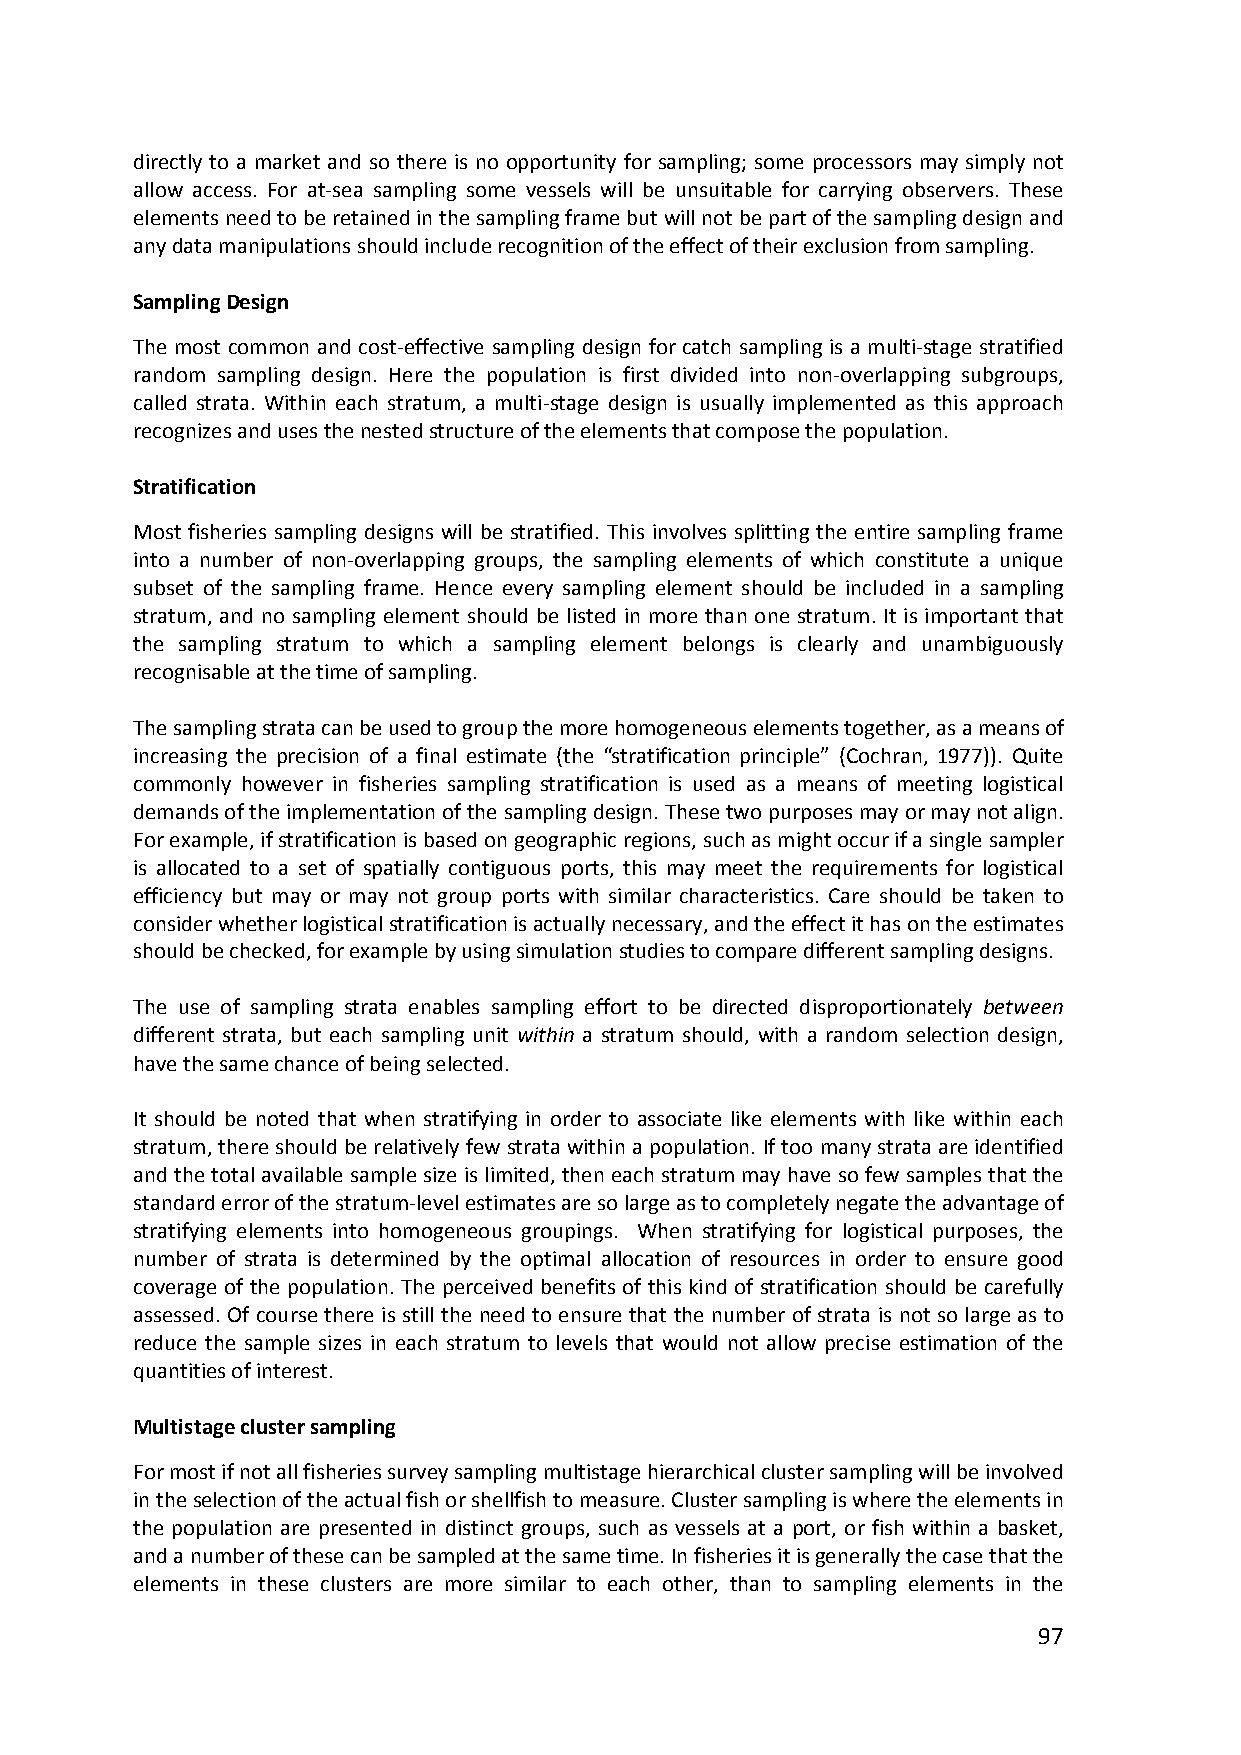
directly to a market and so there is no opportunity for sampling; some processors may simply not
 allow access. For at‐sea sampling some vessels will be unsuitable for carrying observers. These
 elements need to be retained in the sampling frame but will not be part of the sampling design and
 any data manipulations should include recognition of the effect of their exclusion from sampling.
 Sampling Design
 The most common and cost‐effective sampling design for catch sampling is a multi‐stage stratified
 random sampling design. Here the population is first divided into non‐overlapping subgroups,
 called strata. Within each stratum, a multi‐stage design is usually implemented as this approach
 recognizes and uses the nested structure of the elements that compose the population.
 Stratification
 Most fisheries sampling designs will be stratified. This involves splitting the entire sampling frame
 into a number of non‐overlapping groups, the sampling elements of which constitute a unique
 subset of the sampling frame. Hence every sampling element should be included in a sampling
 stratum, and no sampling element should be listed in more than one stratum. It is important that
 the sampling stratum to which a sampling element belongs is clearly and unambiguously
 recognisable at the time of sampling.
 The sampling strata can be used to group the more homogeneous elements together, as a means of
 increasing the precision of a final estimate (the “stratification principle” (Cochran, 1977)). Quite
 commonly however in fisheries sampling stratification is used as a means of meeting logistical
 demands of the implementation of the sampling design. These two purposes may or may not align.
 For example, if stratification is based on geographic regions, such as might occur if a single sampler
 is allocated to a set of spatially contiguous ports, this may meet the requirements for logistical
 efficiency but may or may not group ports with similar characteristics. Care should be taken to
 consider whether logistical stratification is actually necessary, and the effect it has on the estimates
 should be checked, for example by using simulation studies to compare different sampling designs.
 The use of sampling strata enables sampling effort to be directed disproportionately between
 different strata, but each sampling unit within a stratum should, with a random selection design,
 have the same chance of being selected.
 It should be noted that when stratifying in order to associate like elements with like within each
 stratum, there should be relatively few strata within a population. If too many strata are identified
 and the total available sample size is limited, then each stratum may have so few samples that the
 standard error of the stratum‐level estimates are so large as to completely negate the advantage of
 stratifying elements into homogeneous groupings. When stratifying for logistical purposes, the
 number of strata is determined by the optimal allocation of resources in order to ensure good
 coverage of the population. The perceived benefits of this kind of stratification should be carefully
 assessed. Of course there is still the need to ensure that the number of strata is not so large as to
 reduce the sample sizes in each stratum to levels that would not allow precise estimation of the
 quantities of interest.
 Multistage cluster sampling
 For most if not all fisheries survey sampling multistage hierarchical cluster sampling will be involved
 in the selection of the actual fish or shellfish to measure. Cluster sampling is where the elements in
 the population are presented in distinct groups, such as vessels at a port, or fish within a basket,
 and a number of these can be sampled at the same time. In fisheries it is generally the case that the
 elements in these clusters are more similar to each other, than to sampling elements in the
 97